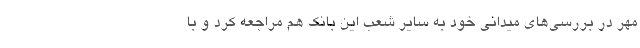
مهر در بررسی‌های میدانی خود به سایر شعب این بانک هم مراجعه کرد و با